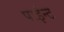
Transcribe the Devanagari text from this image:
पाईन्ट